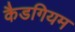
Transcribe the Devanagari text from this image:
कैडगियम